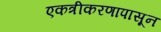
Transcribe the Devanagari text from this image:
एकत्रीकरणापासून